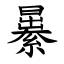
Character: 㬧